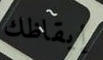
إيقاظك